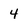
Character: 4